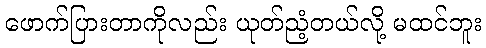
ဖောက်ပြားတာကိုလည်း ယုတ်ညံ့တယ်လို့ မထင်ဘူး